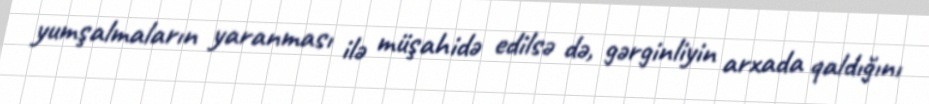
yumşalmaların yaranması ilə müşahidə edilsə də, gərginliyin arxada qaldığını